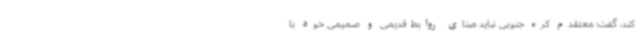
کند، گفت: معتقدم کره جنوبی نباید مبنای روابط قدیمی و صمیمی خود با